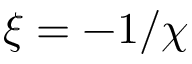
\xi = - 1 / \chi